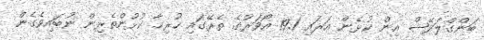
ބަންގްލަދޭޝް އިން ކުޅެން އަރައި 19.1 އޯވަރުގެ ތެރޭގައި ހުރިހާ ކުޅުންތެރިން ނުބައިވެގެން